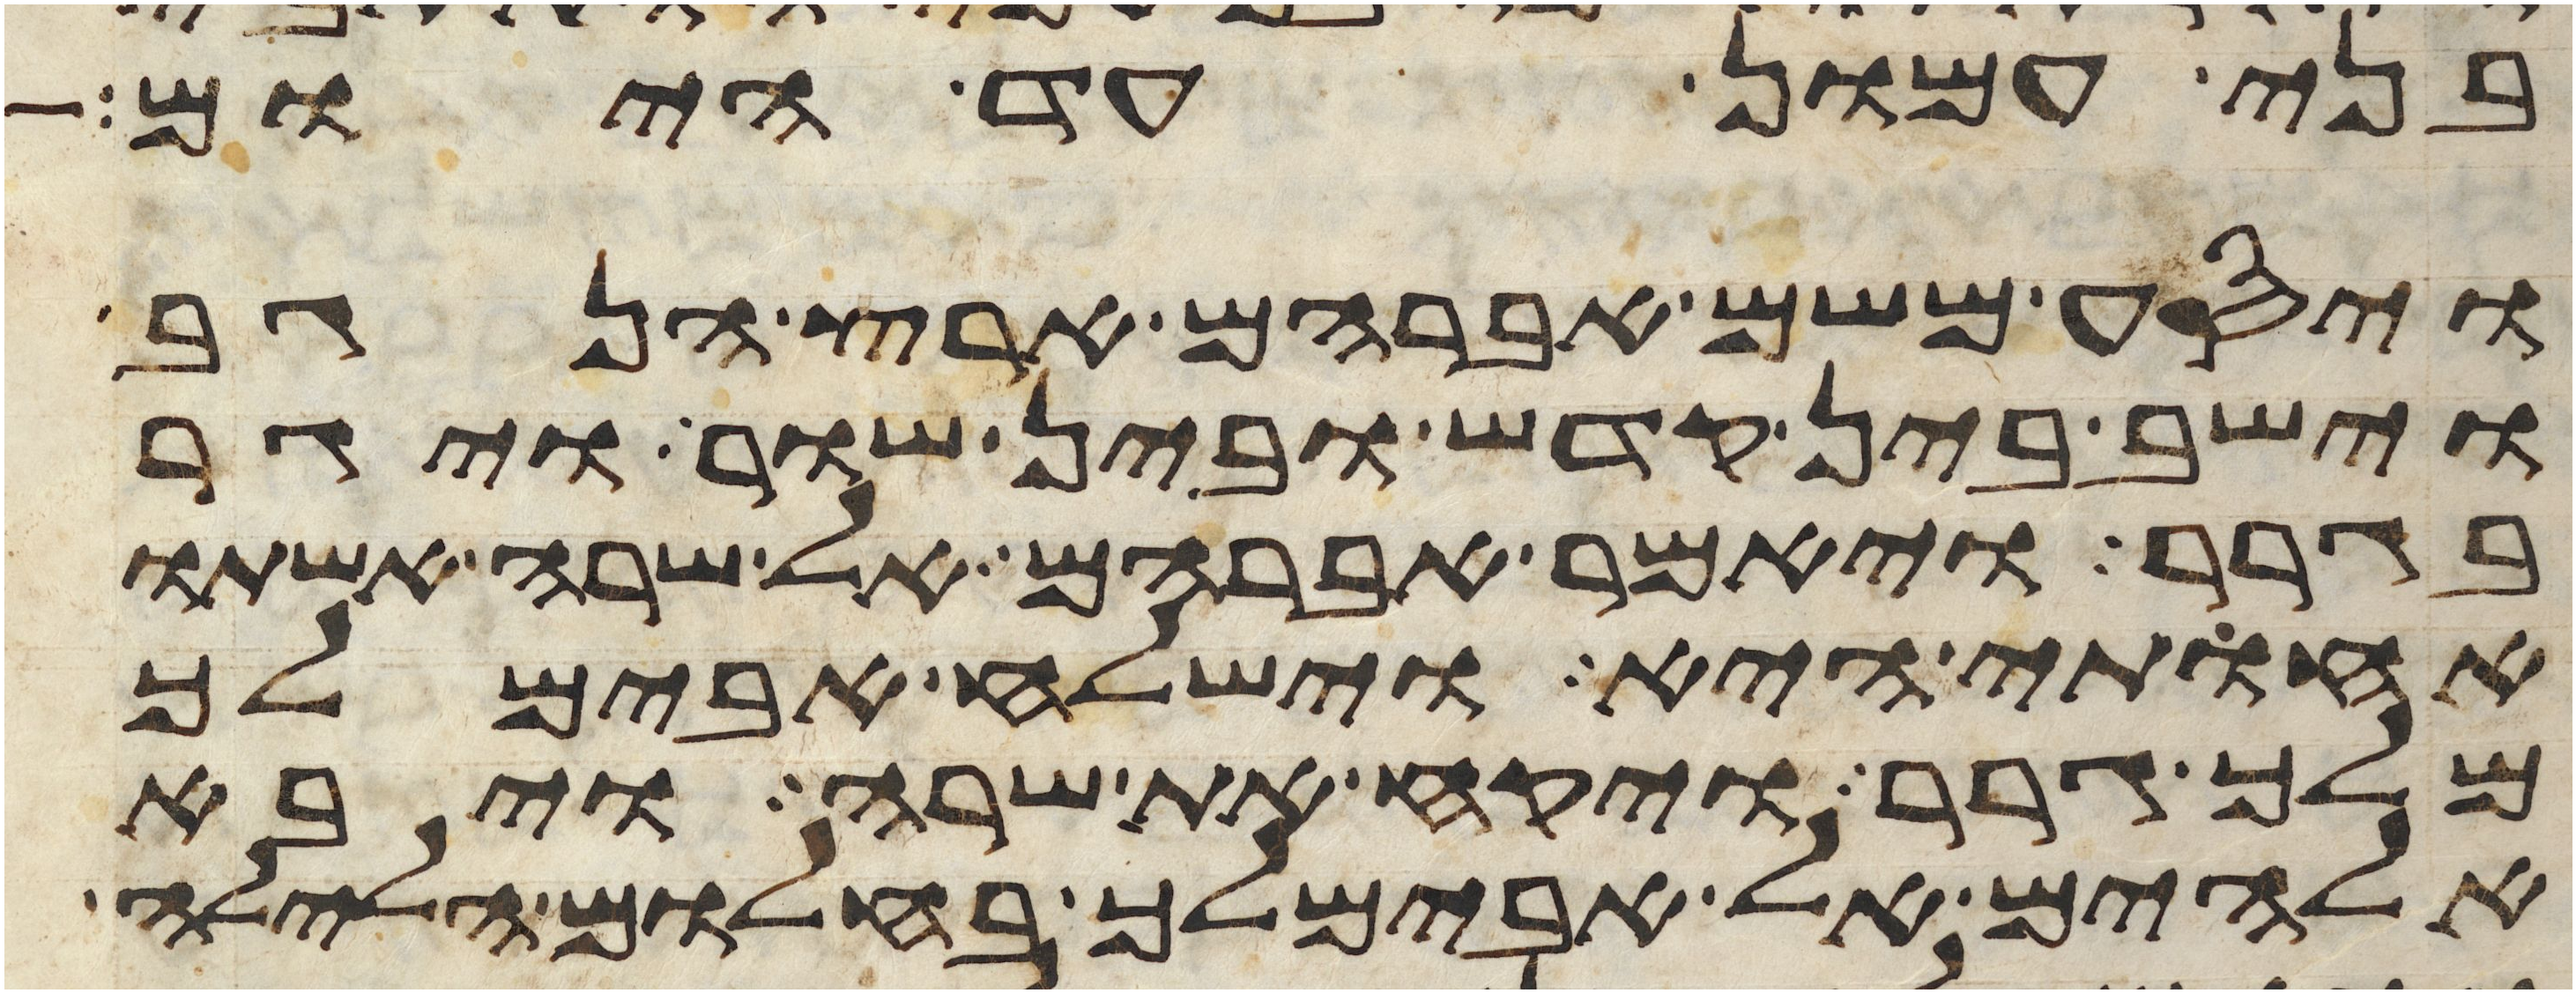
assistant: בני עמון עד היום
ויסע משם אברהם ארץ הנגב
וישב בין קדש ובין שור ויגר
בגרר ויאמר אברהם אל שרה אשתו
אחותי היא וישלח אבימלך
מלך גרר ויקח את שרה ויבא
אלהים אל אבימלך בחלום הלילה